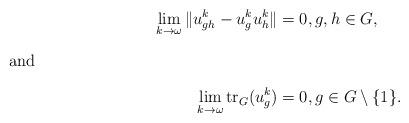
LaTeX: \begin{align*}\lim_{k \rightarrow \omega} \|u^k_{gh} - u^k_g u^k_h\| &= 0, g, h \in G,\intertext{and}\lim_{k \rightarrow \omega} \mathrm{tr}_G(u^k_g) &= 0, g \in G \setminus \{1\}.\end{align*}